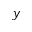
y